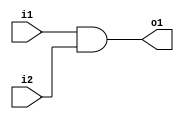
module and2 (i1, i2, o1);

input i1, i2;
output o1;

wire i1, i2;
wire o1;

assign o1 = i1&i2; 
endmodule
module and3 (i1, i2, i3, o1);

input i1, i2, i3;
output o1;

wire i1, i2, i3;
wire o1;

assign o1 = i1&i2&i3; 
endmodule

module and4 (i1, i2, i3, i4, o1);

input i1, i2, i3, i4;
output o1;

wire i1, i2, i3, i4;
wire o1;

assign o1 = i1&i2&i3&i4; 
endmodule

module or3 (i1, i2, i3, o1);

input i1, i2, i3;
output o1;

wire i1, i2, i3;
reg o1;

always @ ( i1 or i2 or i3 ) 
begin
        o1 = i1|i2|i3;    
end
endmodule
module sop(i1, i2, i3, i4, o1);

input i1, i2, i3, i4;
output o1;

wire i1, i2, i3, i4;
wire o1;

wire net1, net2, net3, net4;
assign o1 =net4;

and2 inst1 (.i1(i1), .i2(i2), .o1(net1));
and3 inst2 (.i1(i2), .i2(~i3), .i3(i4), .o1(net2));
and4 inst3 (.i1(~i1), .i2(~i2), .i3(i3), .i4(i4), .o1(net3));
or3 inst4 (.i1(net1), .i2(net2), .i3(net3), .o1(net4));
endmodule